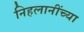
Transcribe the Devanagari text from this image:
निहलानींच्या